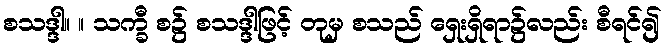
စသဒ္ဒါ။ ။ သက္ခီ စ၌ စသဒ္ဒါဖြင့် တုမှ စသည် ရှေးရှိရာ၌လည်း စီရင်၍